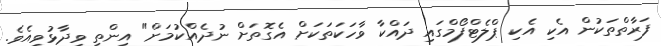
ފަރާތްތަކުން އެކި އެކި ޕްލެޓްފޯމްގައި ދައްކާ ވާހަކަތަކަށް އެގޮތަށް ނުދެއްކުމަށް" އިންތި ވިދާޅުވިިއެވެ.